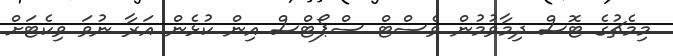
މިމެޗުގެ ޓޮސް ދިމާވުމުން ވެސްޓް ސްޕޯޓްސް އިން ކުޅެން އަރާ ނުވަ ވިކެޓަށް